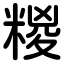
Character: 糉